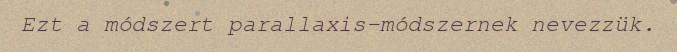
Ezt a módszert parallaxis-módszernek nevezzük.